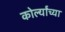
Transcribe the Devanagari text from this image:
कोर्ल्यांच्या